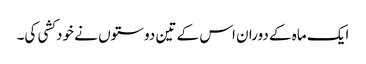
ایک ماہ کے دوران اس کے تین دوستوں نے خودکشی کی۔